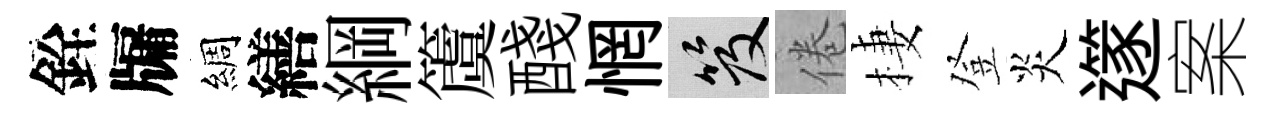
銓牖綢繕綱𥵂醆惘笈倦棲登炎𨗹案